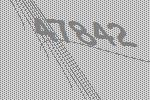
47842